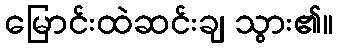
မြောင်းထဲဆင်းချ သွား၏။